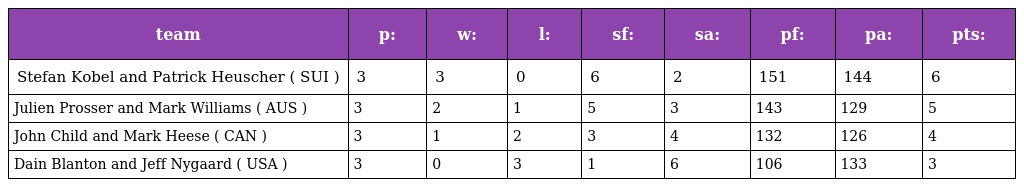
| team | p: | w: | l: | sf: | sa: | pf: | pa: | pts: |
 | --- | --- | --- | --- | --- | --- | --- | --- | --- |
 | Stefan Kobel and Patrick Heuscher ( SUI ) | 3 | 3 | 0 | 6 | 2 | 151 | 144 | 6 |
 | Julien Prosser and Mark Williams ( AUS ) | 3 | 2 | 1 | 5 | 3 | 143 | 129 | 5 |
 | John Child and Mark Heese ( CAN ) | 3 | 1 | 2 | 3 | 4 | 132 | 126 | 4 |
 | Dain Blanton and Jeff Nygaard ( USA ) | 3 | 0 | 3 | 1 | 6 | 106 | 133 | 3 |